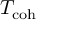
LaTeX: T _ { \mathrm { { c o h } } }